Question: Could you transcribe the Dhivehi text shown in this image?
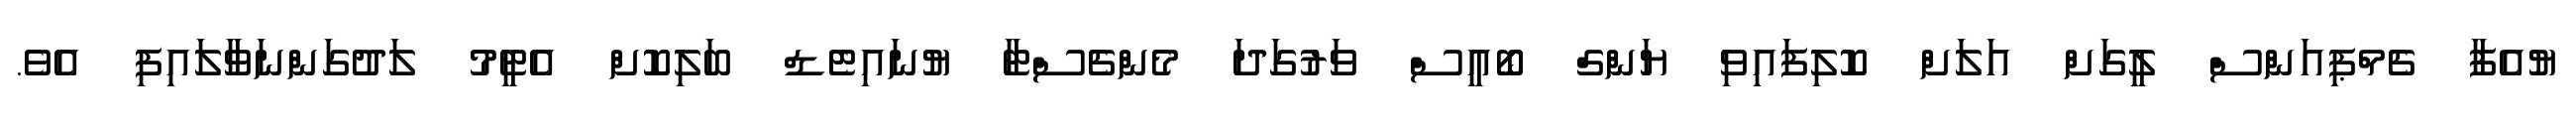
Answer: ޔުއެފާ ޗެމްޕިއަންސް ލީގަށް އަލަށް ކޮލިފައިވި ޔަންގް ބޯއީސް ވަރުގަދަ މެންޗެސްޓާ ޔުނައިޓެޑް ބަލިކޮށް އެޓީމު ލަދުގަންނަވާލައިފި އެވެ.